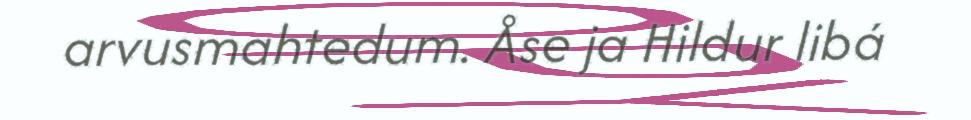
arvusmahtedum. Åse ja Hildur libá